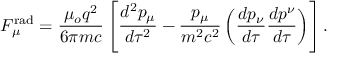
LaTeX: F _ { \mu } ^ { \mathrm { r a d } } = { \frac { \mu _ { o } q ^ { 2 } } { 6 \pi m c } } \left[ { \frac { d ^ { 2 } p _ { \mu } } { d \tau ^ { 2 } } } - { \frac { p _ { \mu } } { m ^ { 2 } c ^ { 2 } } } \left( { \frac { d p _ { \nu } } { d \tau } } { \frac { d p ^ { \nu } } { d \tau } } \right) \right] .